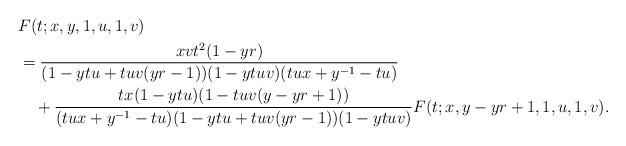
LaTeX: \begin{align*} &F(t;x,y,1,u,1,v)\\&=\frac{xvt^2(1-yr)} {(1-ytu+tuv(yr-1))(1-ytuv)(tux+y^{-1}-tu)}\\ &\quad+\frac{tx(1-ytu)(1-tuv(y-yr+1))} {(tux+y^{-1}-tu)(1-ytu+tuv(yr-1))(1-ytuv)}F(t;x,y-yr+1,1,u,1,v). \end{align*}